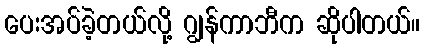
ပေးအပ်ခဲ့တယ်လို့ ဂျွန်ကာဘီက ဆိုပါတယ်။